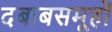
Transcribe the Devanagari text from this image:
दबाबसमूहों